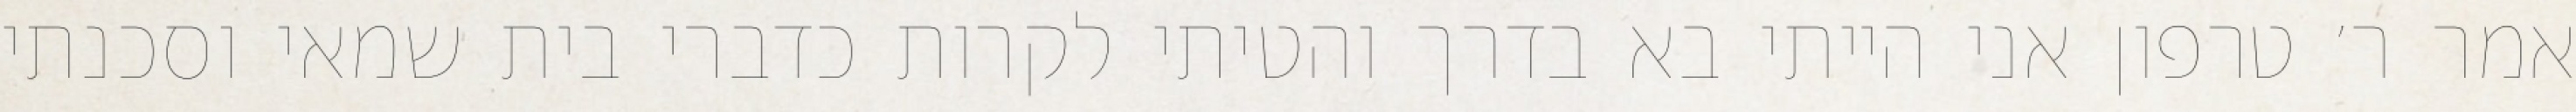
אמר ר׳ טרפון אני הייתי בא בדרך והטיתי לקרות כדברי בית שמאי וסכנתי